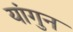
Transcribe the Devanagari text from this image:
यांगुन